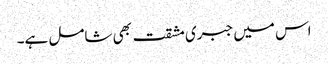
اس میں جبری مشقت بھی شامل ہے۔